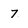
Character: 7